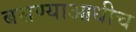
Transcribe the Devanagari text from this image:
बसण्याआधीच